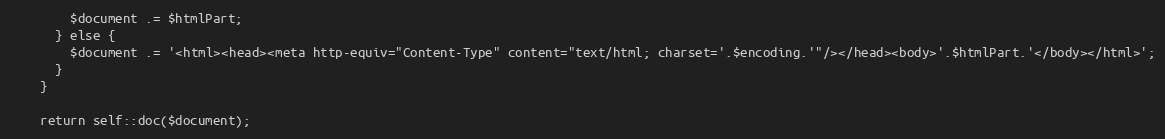
Language: PHP
        $document .= $htmlPart;
      } else {
        $document .= '<html><head><meta http-equiv="Content-Type" content="text/html; charset='.$encoding.'"/></head><body>'.$htmlPart.'</body></html>';
      }
    }

    return self::doc($document);